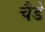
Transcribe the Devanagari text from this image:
चैडे